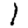
Digit: 1